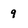
Character: 9